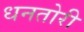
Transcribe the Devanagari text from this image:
धनतोरी